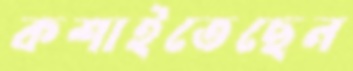
কশাইতেছেন